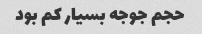
حجم جوجه بسیار کم بود